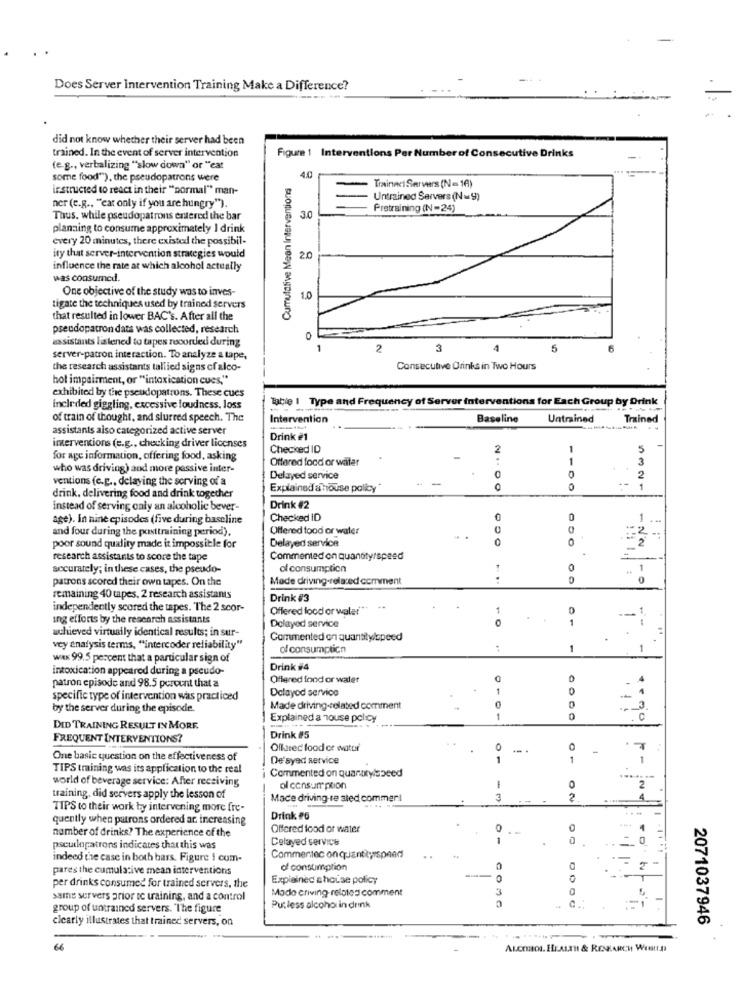
Does Server Intervention Training Make a Difference?
----
did not know whether their server had been
trained. In the event of server intervention
Figure 1 Interventions Per Number of Consecutive Drinks
-
(e.g ., verbalizing "slow down" or "eat
40
some food""), the pseudopatrons were
Cumulative Mean Interventions
instructed to react in their "normal" man-
Trainnel Servers (N = 16)
Untrained Servers (N =9)
ner (e.g ., "cat only if you are hungry").
Pretraining (N =24)
Thus. while pseudopatrons entered the bar
30
planning to consume approximately I drink
every 20 minutes, there existed the possibil-
ity that server-intervention strategies would
2.0
influence the rate at which alcohol actually
was consumed.
One objective of the study was to inves-
1.0
tigate the techniques used by trained servers
that resulted in lower BAC's. After all the
pseudopatron data was collected, research
assistants listened to tapes recorded during
0
2
3
5
server-patron interaction. To analyze a tape,
the research assistants tallied signs of alco-
Consecutive Orinks in Two Hours
hot impairment, or "intoxication cues,"
exhibited by the pseudopatrons. These cues
Table | Type and Frequency of Server interventions for Each Group by Drink
Included giggling, excessive loudness. loss
of train of thought, and slurred speech. The
Intervention
Baseline
Untrained
Trained
assistants also categorized active server
Drink #1
interventions (e.g ., checking driver licenses
Checked ID
2
1
5
for age information, offering food, asking
Offered food or water
1
3
who was driving) and more passive inter-
ventions (e.g ., delaying the serving of a
Delayed service
2
Explained a house policy
0
1
drink, delivering food and drink together
instead of serving caly an alcoholic bever-
Drink #2
age). In nine episodes (five during baseline
Checked ID
0
1
and four during the posttraining period),
Offered food or water
:22
Delayed service
poor sound quality made it impossible for
research assistants to score the tape
Commented on quandtyrspeed
accurately; in these cases, the pseudo-
of consumption
1
0
1
patrons scored their own tapes. On the
Made driving-related comment
0
remaining 40 tapes, 2 research assistants
Drink #3
independently scored the tapes. The 2 scor-
Offered food or wala!"
0
ing efforts by the research assistants
Delayed service
1
--
achieved virtually identical results; in sur-
Commented on quantity/speed
vey analysis terms, "intercoder reliability"
of consumption
1
WAK 99.5 percent that a particular sign of
intoxication appeared during a pseudo-
Drink #4
Offered fond or water
0
patron episode and 98.5 percent that a
Dolayod service
1
specific type of intervention was practiced
by the server during the episode.
Made driving-related comment
0
-
Explained a Touse policy
DID TRAINING RESULT IN MORE
FREQUENT INTERVENTIONS?
Drink #5
Offared food or wattif
-- .
-
One basic question on the effectiveness of
De'syed service
1
1
TIPS training was its application to the real
world of beverage service: After receiving
Commented on quanatylspeed
-
......
ol consumption
0
training, did servers apply the lesson of
Mace driving-re sled commer!
3
2
4
TIPS to their work by intervening more fre-
quently when patrons ordered ar. increasing
Drink e6
number of drinks? The experience of the
Offered food or water
1
Celayed service
0
-
0
pseudopatrons indicates that this was
indeed the case in both bars. Figure i com-
Commentec on quantityspeed
pares the cumulative mean interventions
of consumption
Explained aholse policy
0
do
per drinks consumed for trained servers, the
Mado criving relates comment
3
same servers prior to training, and a control
group of untrained servers. "The figure
Putless alcoho in drink
14
clearly illustrates that trained servers, on
2071037946
66
ALCOOL. HEALTH & RESEARCH Weltt.A